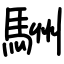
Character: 駲